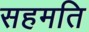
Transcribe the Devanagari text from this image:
सहमति